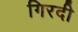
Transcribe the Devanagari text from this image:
गिरदी